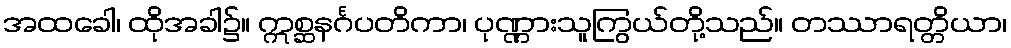
အထခေါ၊ ထိုအခါ၌။ ဣစ္ဆနင်္ဂပတိကာ၊ ပုဏ္ဏားသူကြွယ်တို့သည်။ တဿာရတ္တိယာ၊